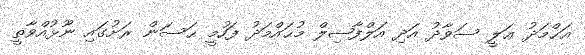
އަޙްމަދު ޢަލީ ސަވާދު އަދި އަލްފާޟިލް މުޙައްމަދު ފަހުމީ ޙަސަން ރަށުގައި ނޫޅުއްވާތީ